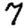
Digit: 7